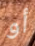
أو